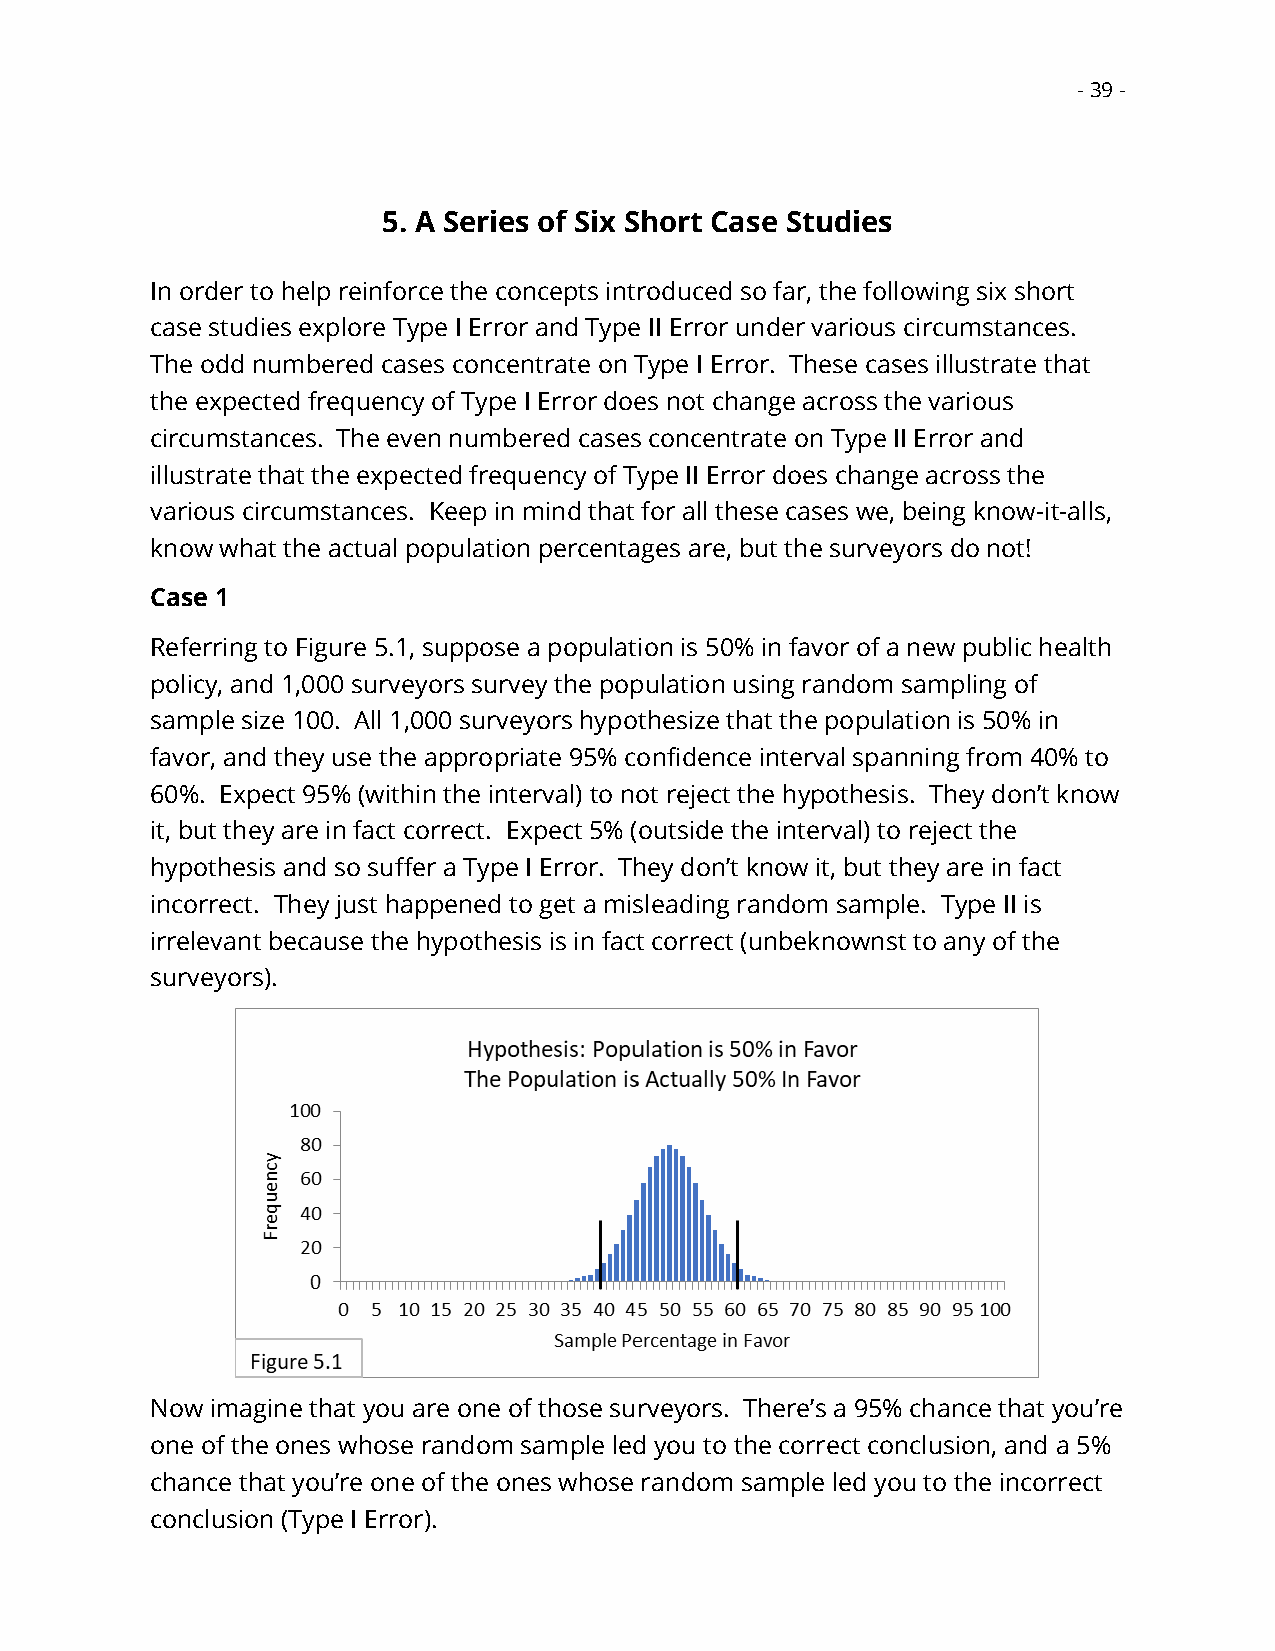
- 39 -
 5. A Series of Six Short Case Studies
 In order to help reinforce the concepts introduced so far, the following six short
 case studies explore Type I Error and Type II Error under various circumstances.
 The odd numbered cases concentrate on Type I Error. These cases illustrate that
 the expected frequency of Type I Error does not change across the various
 circumstances. The even numbered cases concentrate on Type II Error and
 illustrate that the expected frequency of Type II Error does change across the
 various circumstances. Keep in mind that for all these cases we, being know-it-alls,
 know what the actual population percentages are, but the surveyors do not!
 Case 1
 Referring to Figure 5.1, suppose a population is 50% in favor of a new public health
 policy, and 1,000 surveyors survey the population using random sampling of
 sample size 100. All 1,000 surveyors hypothesize that the population is 50% in
 favor, and they use the appropriate 95% confidence interval spanning from 40% to
 60%. Expect 95% (within the interval) to not reject the hypothesis. They don’t know
 it, but they are in fact correct. Expect 5% (outside the interval) to reject the
 hypothesis and so suffer a Type I Error. They don’t know it, but they are in fact
 incorrect. They just happened to get a misleading random sample. Type II is
 irrelevant because the hypothesis is in fact correct (unbeknownst to any of the
 surveyors).
 Now imagine that you are one of those surveyors. There’s a 95% chance that you’re
 one of the ones whose random sample led you to the correct conclusion, and a 5%
 chance that you’re one of the ones whose random sample led you to the incorrect
 conclusion (Type I Error).